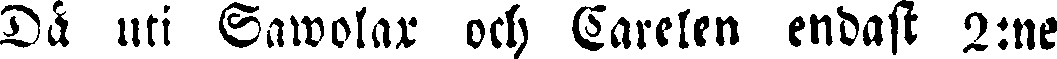
Då uti Sawolax ch Carelen endast 2:ne